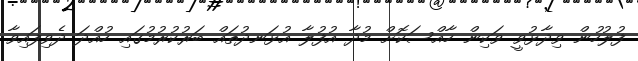
ފުލުހުން ވިދާޅުވީ ވަކިން ހާއްސަކޮށް މުދާ އުފުލާ އުޅަނދުތައް ބަރުކުރުމުގައި ހުއްދަ ދެވިފައިވާ